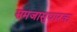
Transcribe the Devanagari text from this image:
समजासुधारक